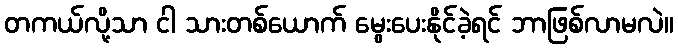
တကယ်လို့သာ ငါ သားတစ်ယောက် မွေးပေးနိုင်ခဲ့ရင် ဘာဖြစ်လာမလဲ။